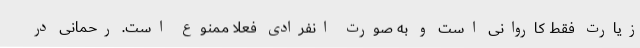
زیارت فقط کاروانی است و به صورت انفرادی فعلا ممنوع است. رحمانی در